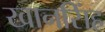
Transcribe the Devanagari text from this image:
खानसिंह